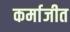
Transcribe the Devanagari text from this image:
कर्माजीत